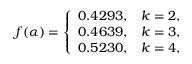
f ( \alpha ) = \left\{ \begin{array} { c c } { { 0 . 4 2 9 3 , } } & { { k = 2 , } } \\ { { 0 . 4 6 3 9 , } } & { { k = 3 , } } \\ { { 0 . 5 2 3 0 , } } & { { k = 4 , } } \end{array} \right.